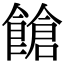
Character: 𩝞